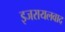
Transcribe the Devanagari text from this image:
इजरायलवाद